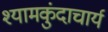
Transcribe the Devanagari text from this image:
श्यामकुंदाचार्य